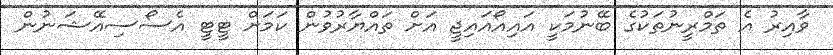
ވާއިރު އެ ތަމްރީނުތަކުގެ ބޭނުމަކީ އައިއޯއައިޖީ އަށް ތައްޔާރުވުން ކަމަށް ޓީޓީ އެސޯސިއޭޝަނުން